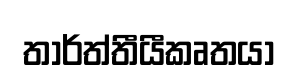
තාර්ත්තීයීකෘතයා